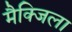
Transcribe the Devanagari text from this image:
मैक्जिला